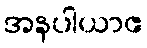
အနပါယာဧ